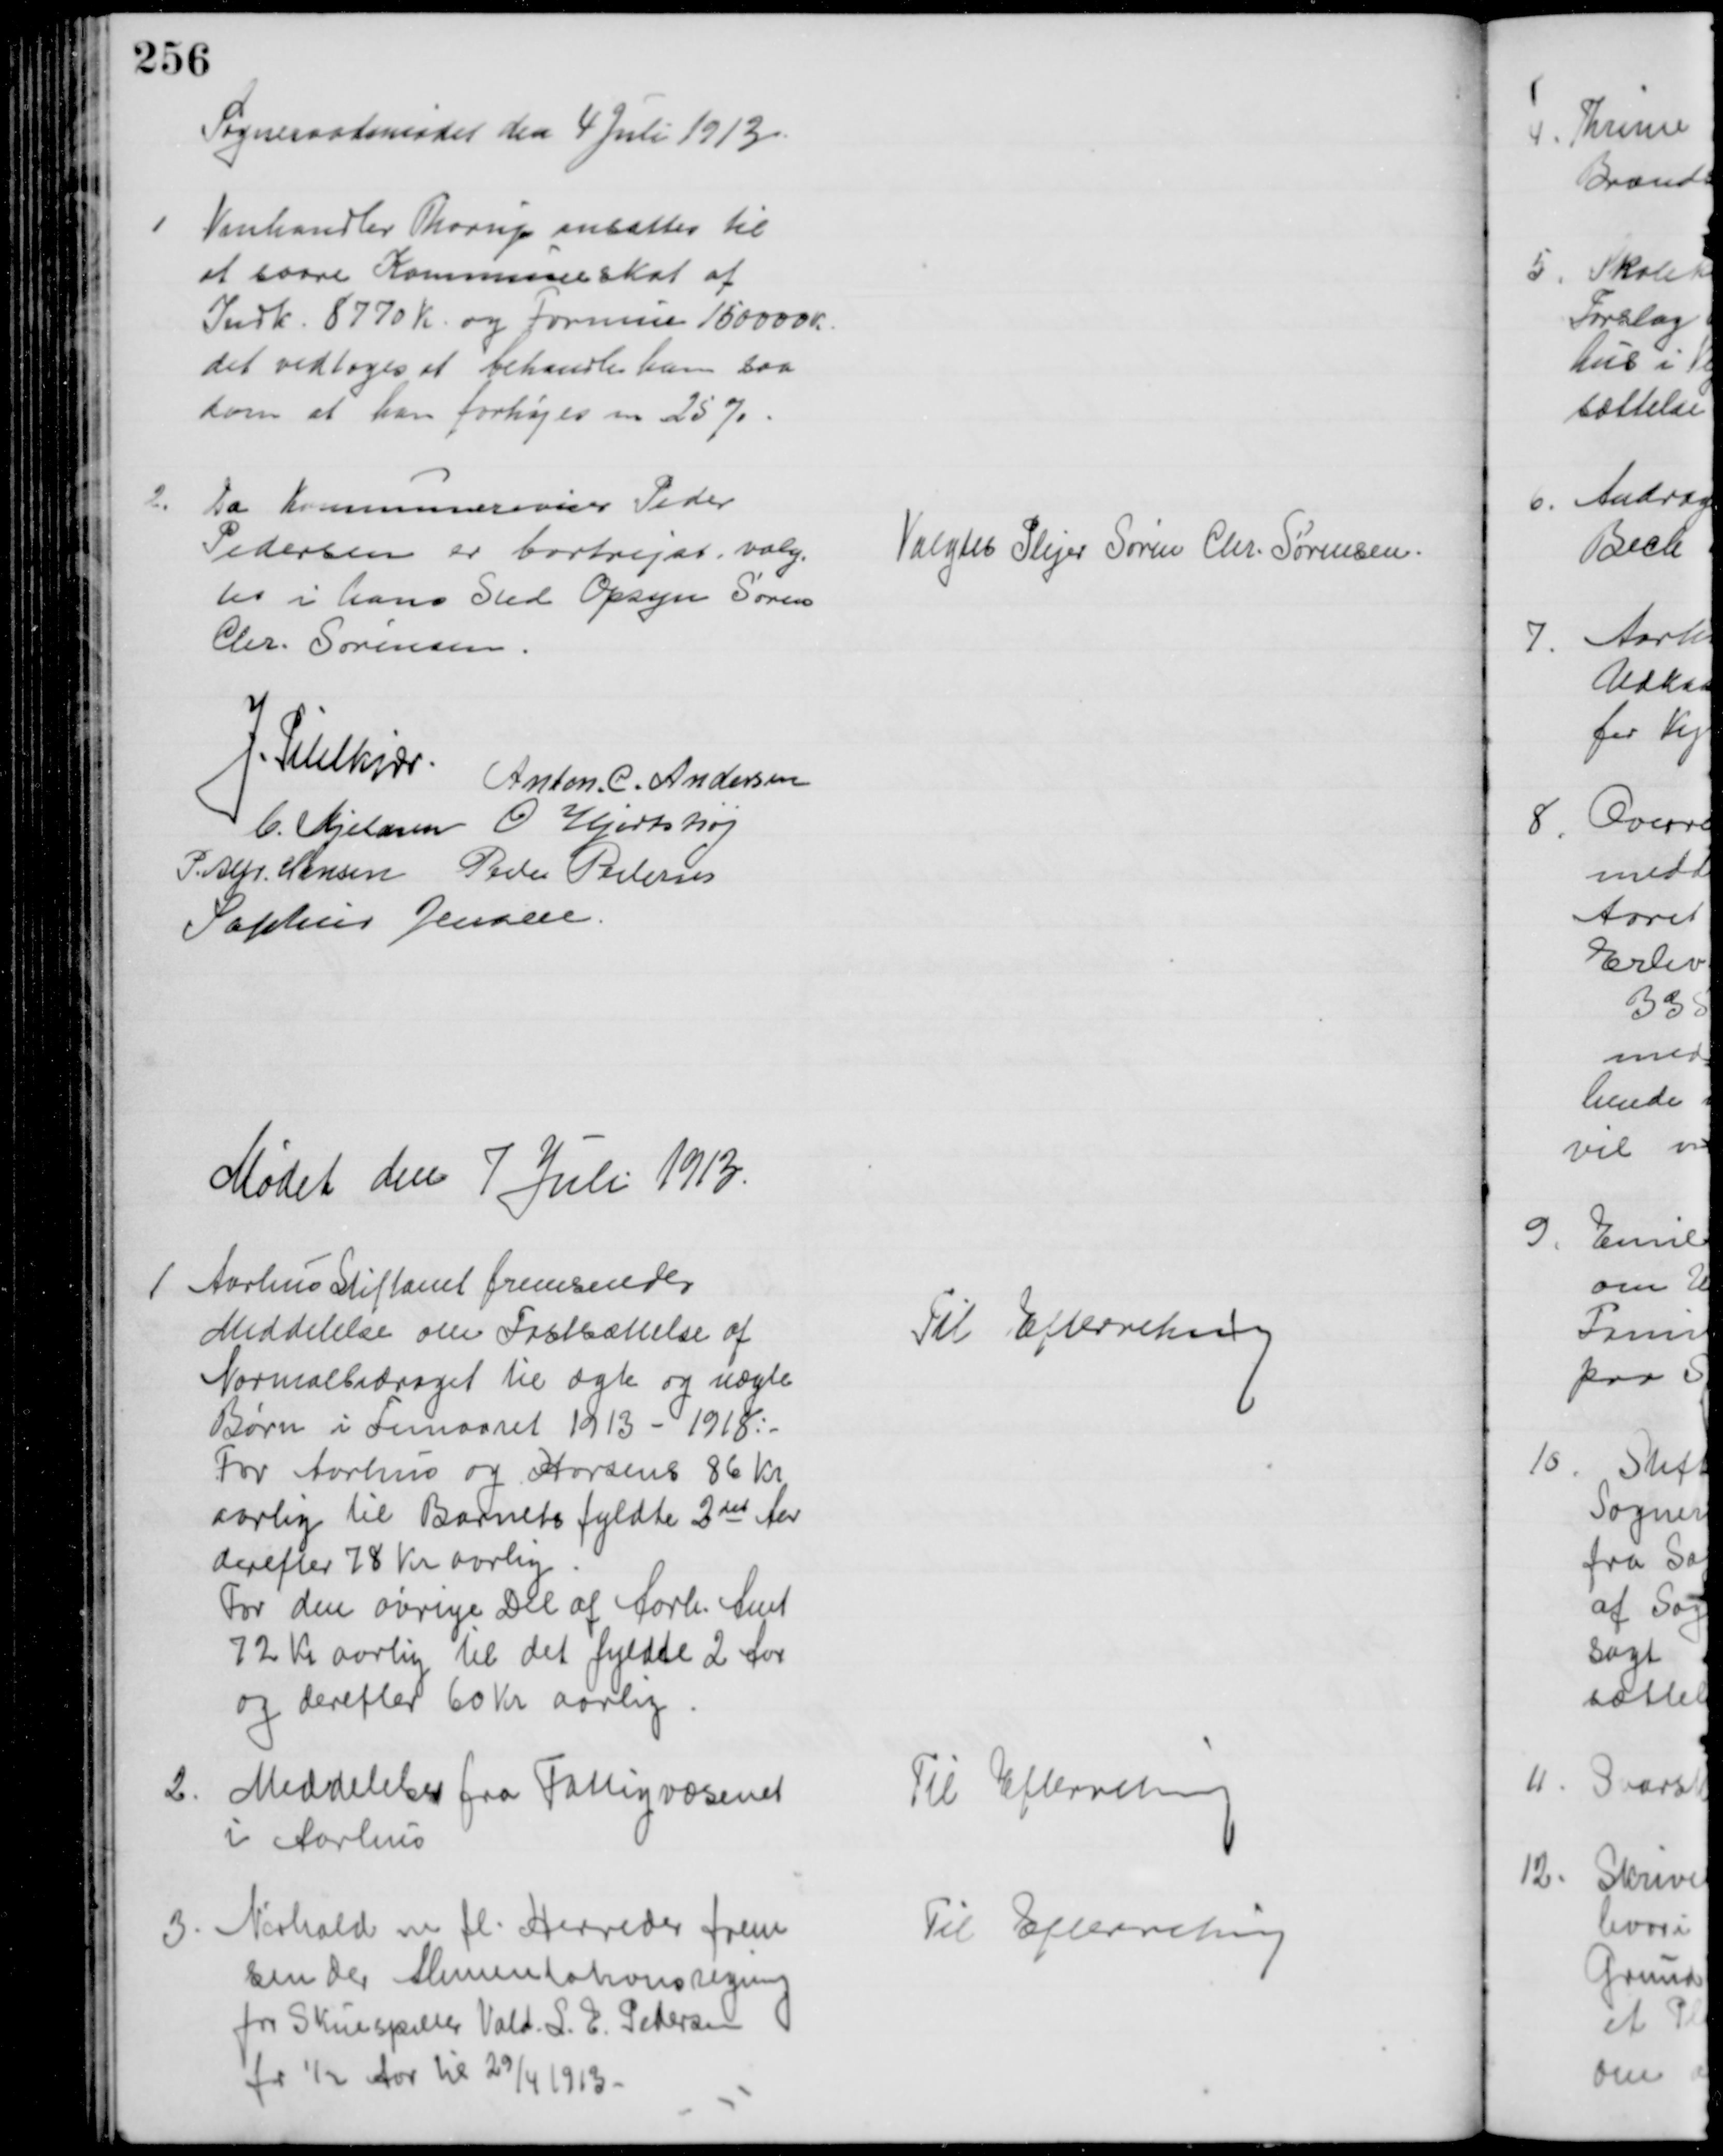
Transskription:
Sogneraadsmødet den 4 Juli 1913
1
Vinhandler Thorup ansattes til
at svare Kommuneskat af
Indk. 8770 K. og Formue 150000 K.
det vedtoges at behandle ham saa
som at han forhøjes m 25 %
2.
Da Kommunerevisor Peder
Pedersen er bortrejst, valg-
tes i hans Sted Opsyn Søren
Chr. Sørensen.
Valgtes Plejer Søren Chr. Sørensen.
J. Pihlkjær.
Anton. C. Andersen
C. Kjeldsen O Hjortshøj
P. Alfr. Hansen Peder Petersen
Sophus Jensen.
Mødet den 7 Juli 1913.
1
Aarhus Stiftamt fremsender
Meddelelse om Fastsættelse af
Normalbidraget til ægte og uægte
Børn i Femaaret 1913 - 1918.
For Aarhus og Horsens 86 Kr
aarlig til Barnets fyldte 2det Aar
derefter 78 Kr aarlig
For den øvrige Del af Aarh. Amt
72 Kr aarlig til det fyldte 2 Aar
og derefter 60 Kr aarlig
Til Efterretning
2.
Meddelelse fra Fattigvæsenet
i Aarhus
Til Efterretning
3. Nørhald m. fl. Herreder frem
sender Alimentationsregning
for Skuespiller Vald. S. E. Pedersen
for ½ Aar til 29/4 1913.
Til Efterretning